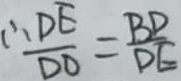
\therefore \frac { D E } { D O } = \frac { B D } { D E }